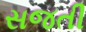
સજતી